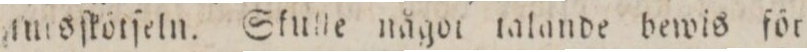
ſnrsſkötſeln. Skulle något talande bewis för